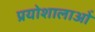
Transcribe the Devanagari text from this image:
प्रयोशालाओं